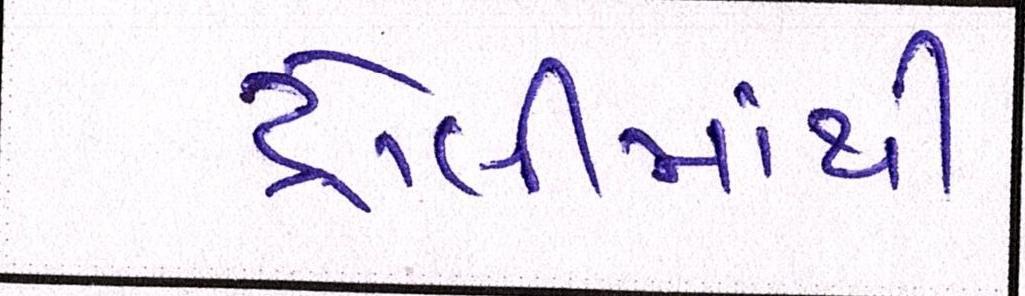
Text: ટ્રોલીમાંથી